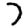
Digit: 7